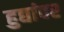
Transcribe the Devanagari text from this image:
हुद्यांवर